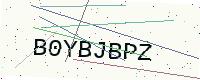
Text: B0YBJBPZ